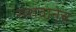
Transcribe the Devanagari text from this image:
सरावानेच